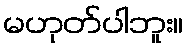
မဟုတ်ပါဘူး။